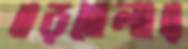
বড়বেলার